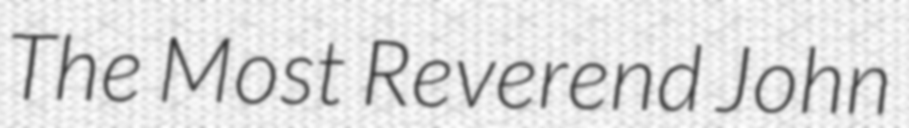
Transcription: The Most Reverend John